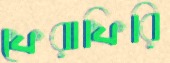
ফেরাফিরি